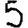
Digit: 5